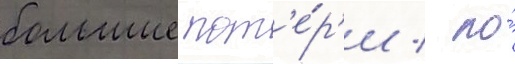
большие пот'е́р'и / но́